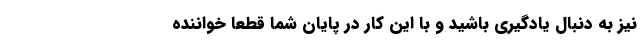
نیز به دنبال یادگیری باشید و با این کار در پایان شما قطعا خواننده